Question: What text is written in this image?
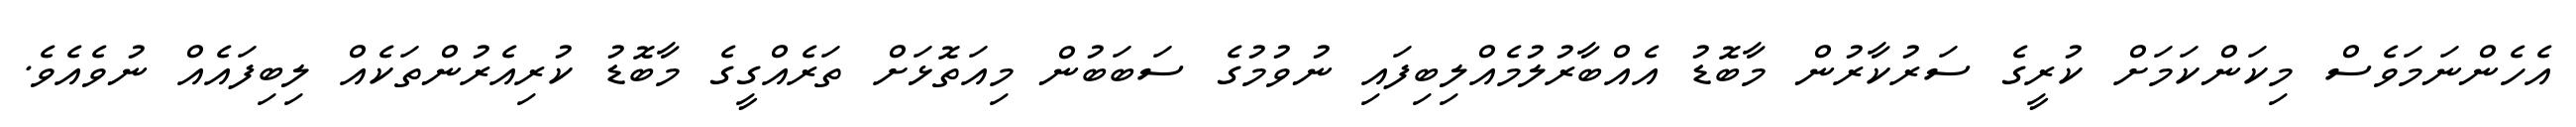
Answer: އެހެންނަމަވެސް މިކަންކަމަށް ކުރީގެ ސަރުކާރުން މާބޮޑު އެއްބާރުލުމެއްލިބިފައި ނުވުމުގެ ސަބަބުން މިއަތޮޅަށް ތަރެއްގީގެ މާބޮޑު ކުރިއެރުންތަކެއް ލިބިފައެއް ނުވެއެވެ.